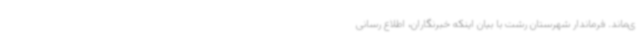
ی‌ماند. فرماندار شهرستان رشت با بیان اینکه خبرنگاران، اطلاع رسانی